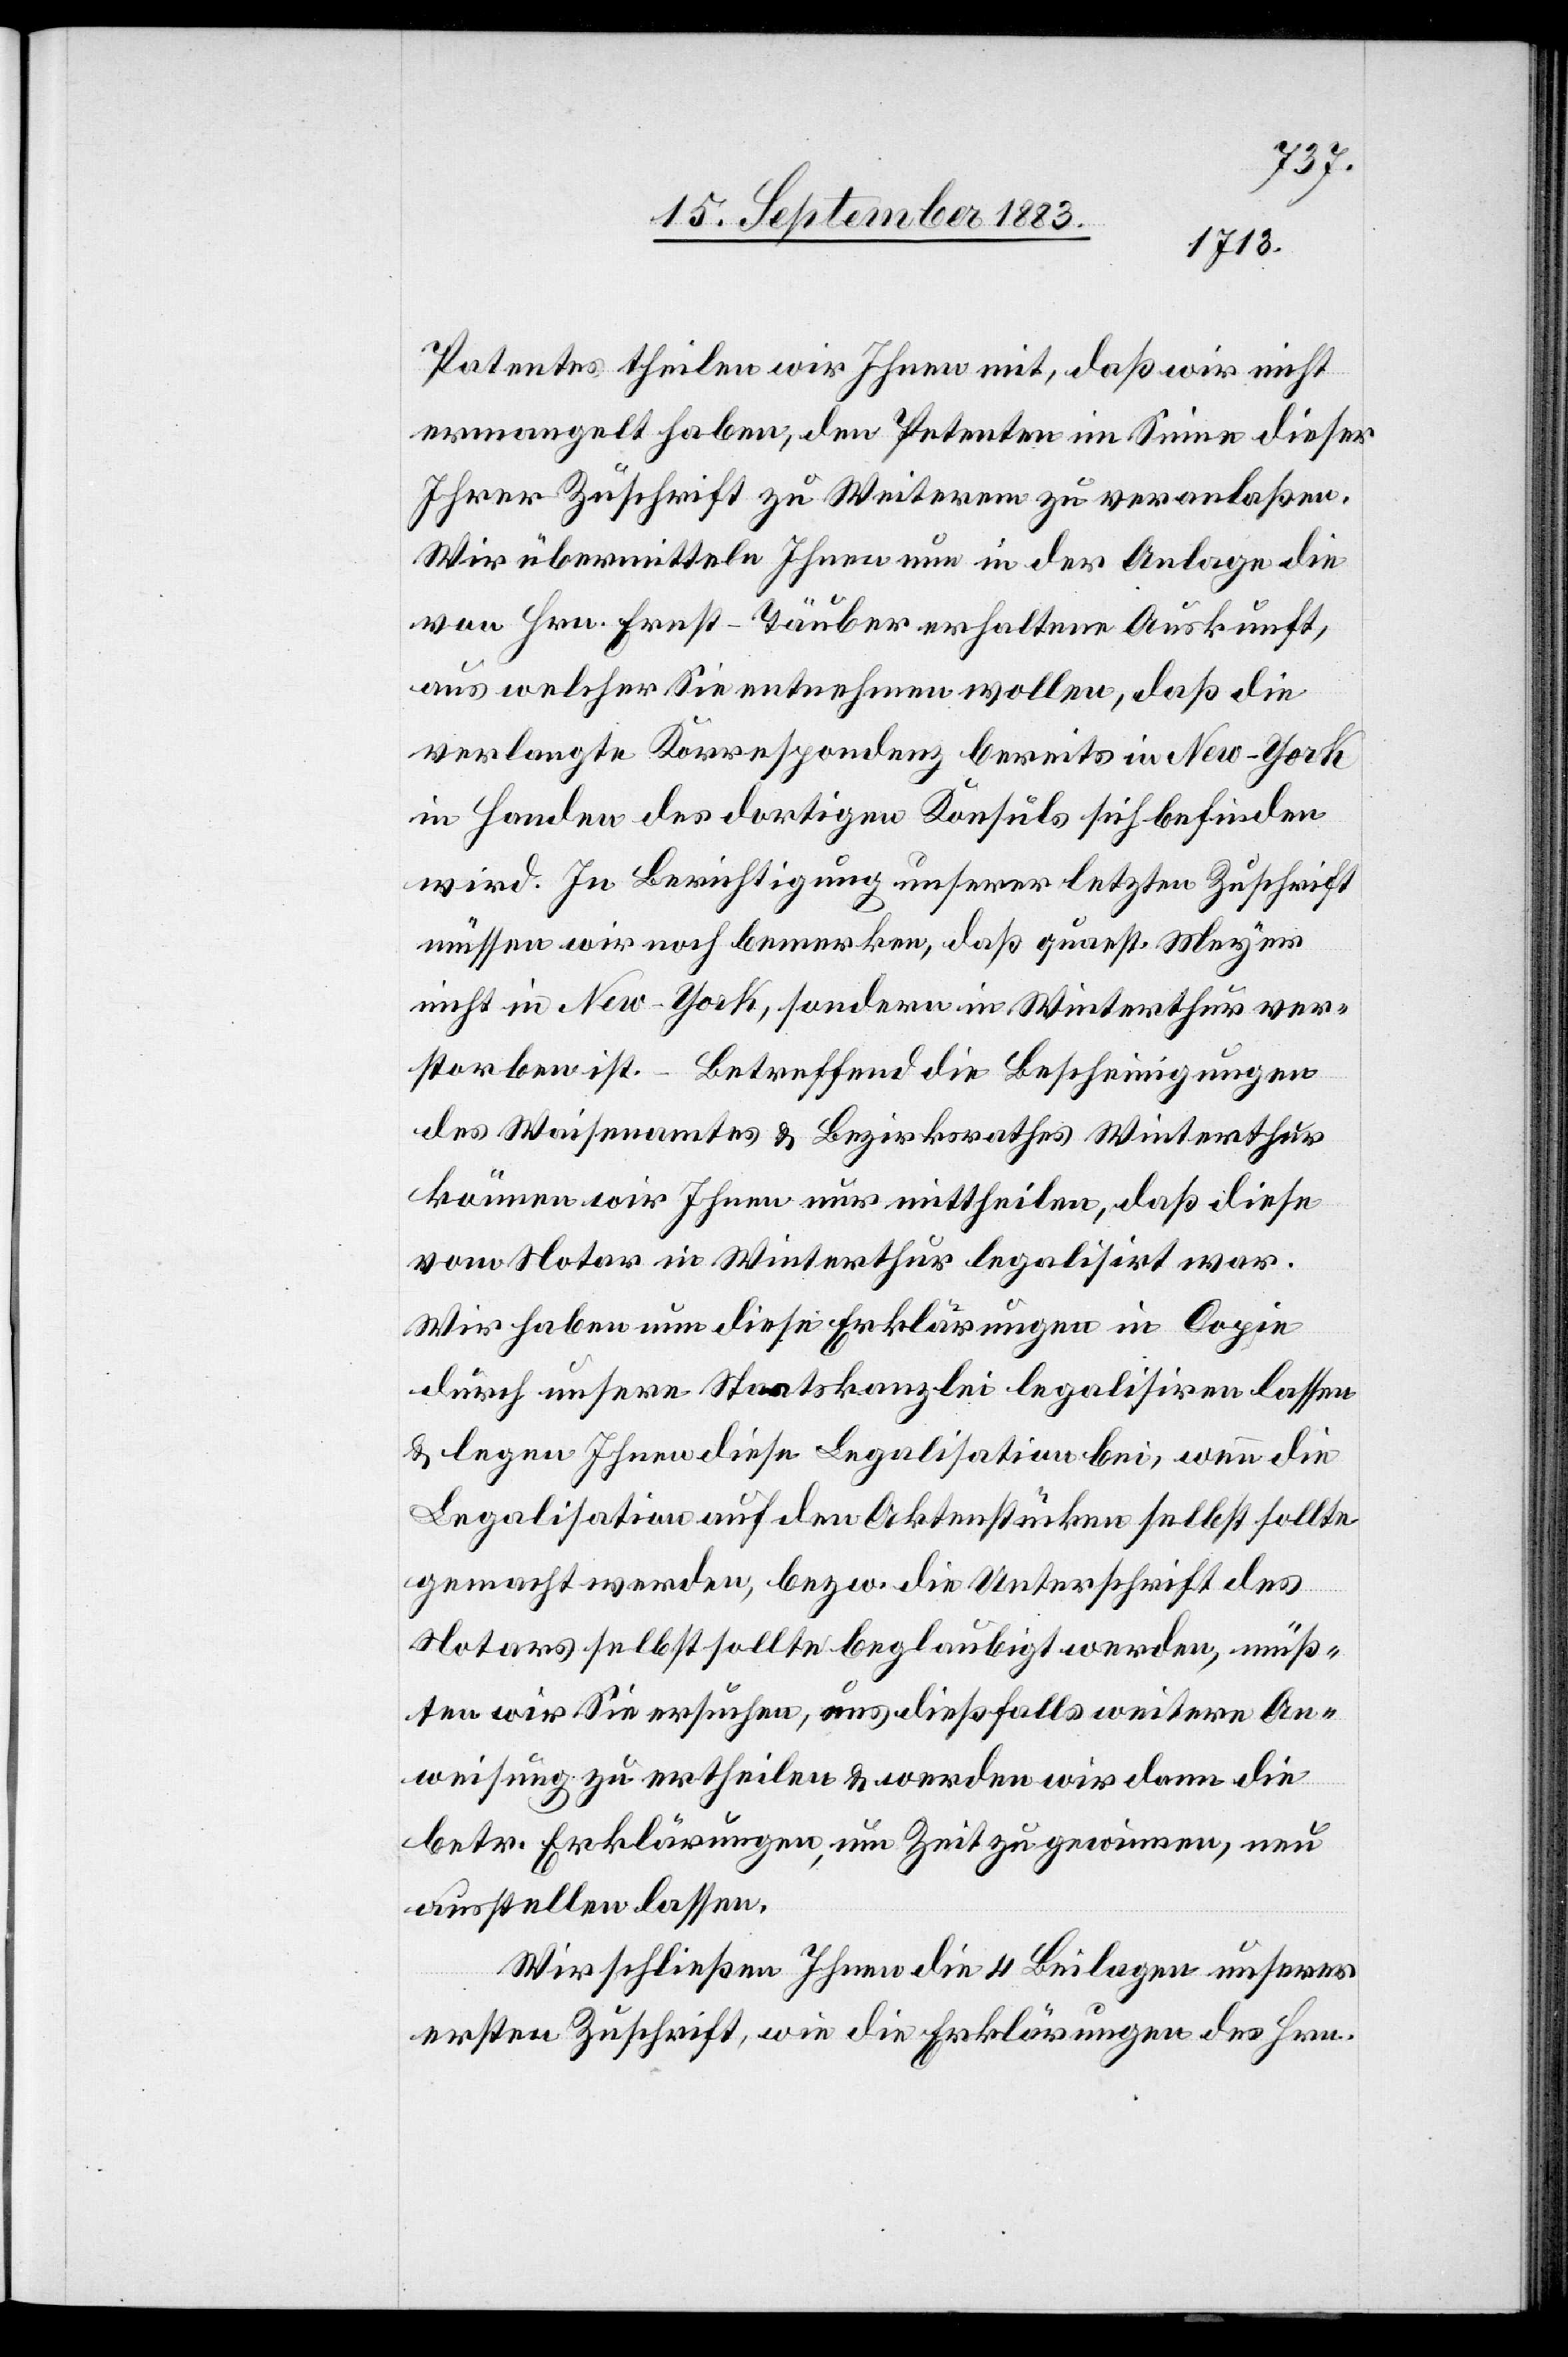
n].
Patentes theilen wir Ihnen mit, daß wir nicht
ermangelt haben, den Petenten im Sinne dieser
Ihrer Zuschrift zu Weiterem zu veranlaßen.
Wir übermitteln Ihnen nun in der Anlage die
von Hrn. Ernst-Täuber erhaltene Auskunft,
aus welcher Sie entnehmen wollen, daß die
verlangte Korrespondenz in New-York
in Handen des dortigen Konsuls sich befinden
wird. In Berichtigung unserer letzten Zuschrift
müssen wir noch bemerken, daß quaest. Meyer
nicht in New-York, sondern in Winterthur ver¬
storben ist. – Betreffend die Bescheinigungen
des Waisenamtes & Bezirksrathes Winterthur
können wir Ihnen nur mittheilen, daß diese
vom Notar in Winterthur legalisirt war[e¬
Wir haben nun diese Erklärungen in Copie
durch unsere Staatskanzlei legalisiren lassen
& legen Ihnen diese Legalisation bei, wenn die
Legalisation auf den Aktenstücken selbst sollte
gemacht werden, bezw. die Unterschrift des
Notars selbst sollte beglaubigt werden, müß¬
ten wir Sie ersuchen, uns dießfalls weitere An¬
weisung zu ertheilen & werden wir dann die
betr. Erklärungen, um Zeit zu gewinnen, neu
ausstellen lassen.
Wir schließen Ihnen die 4 Beilagen unserer
ersten Zuschrift, wie die Erklärungen des Hrn.